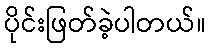
ပိုင်းဖြတ်ခဲ့ပါတယ်။